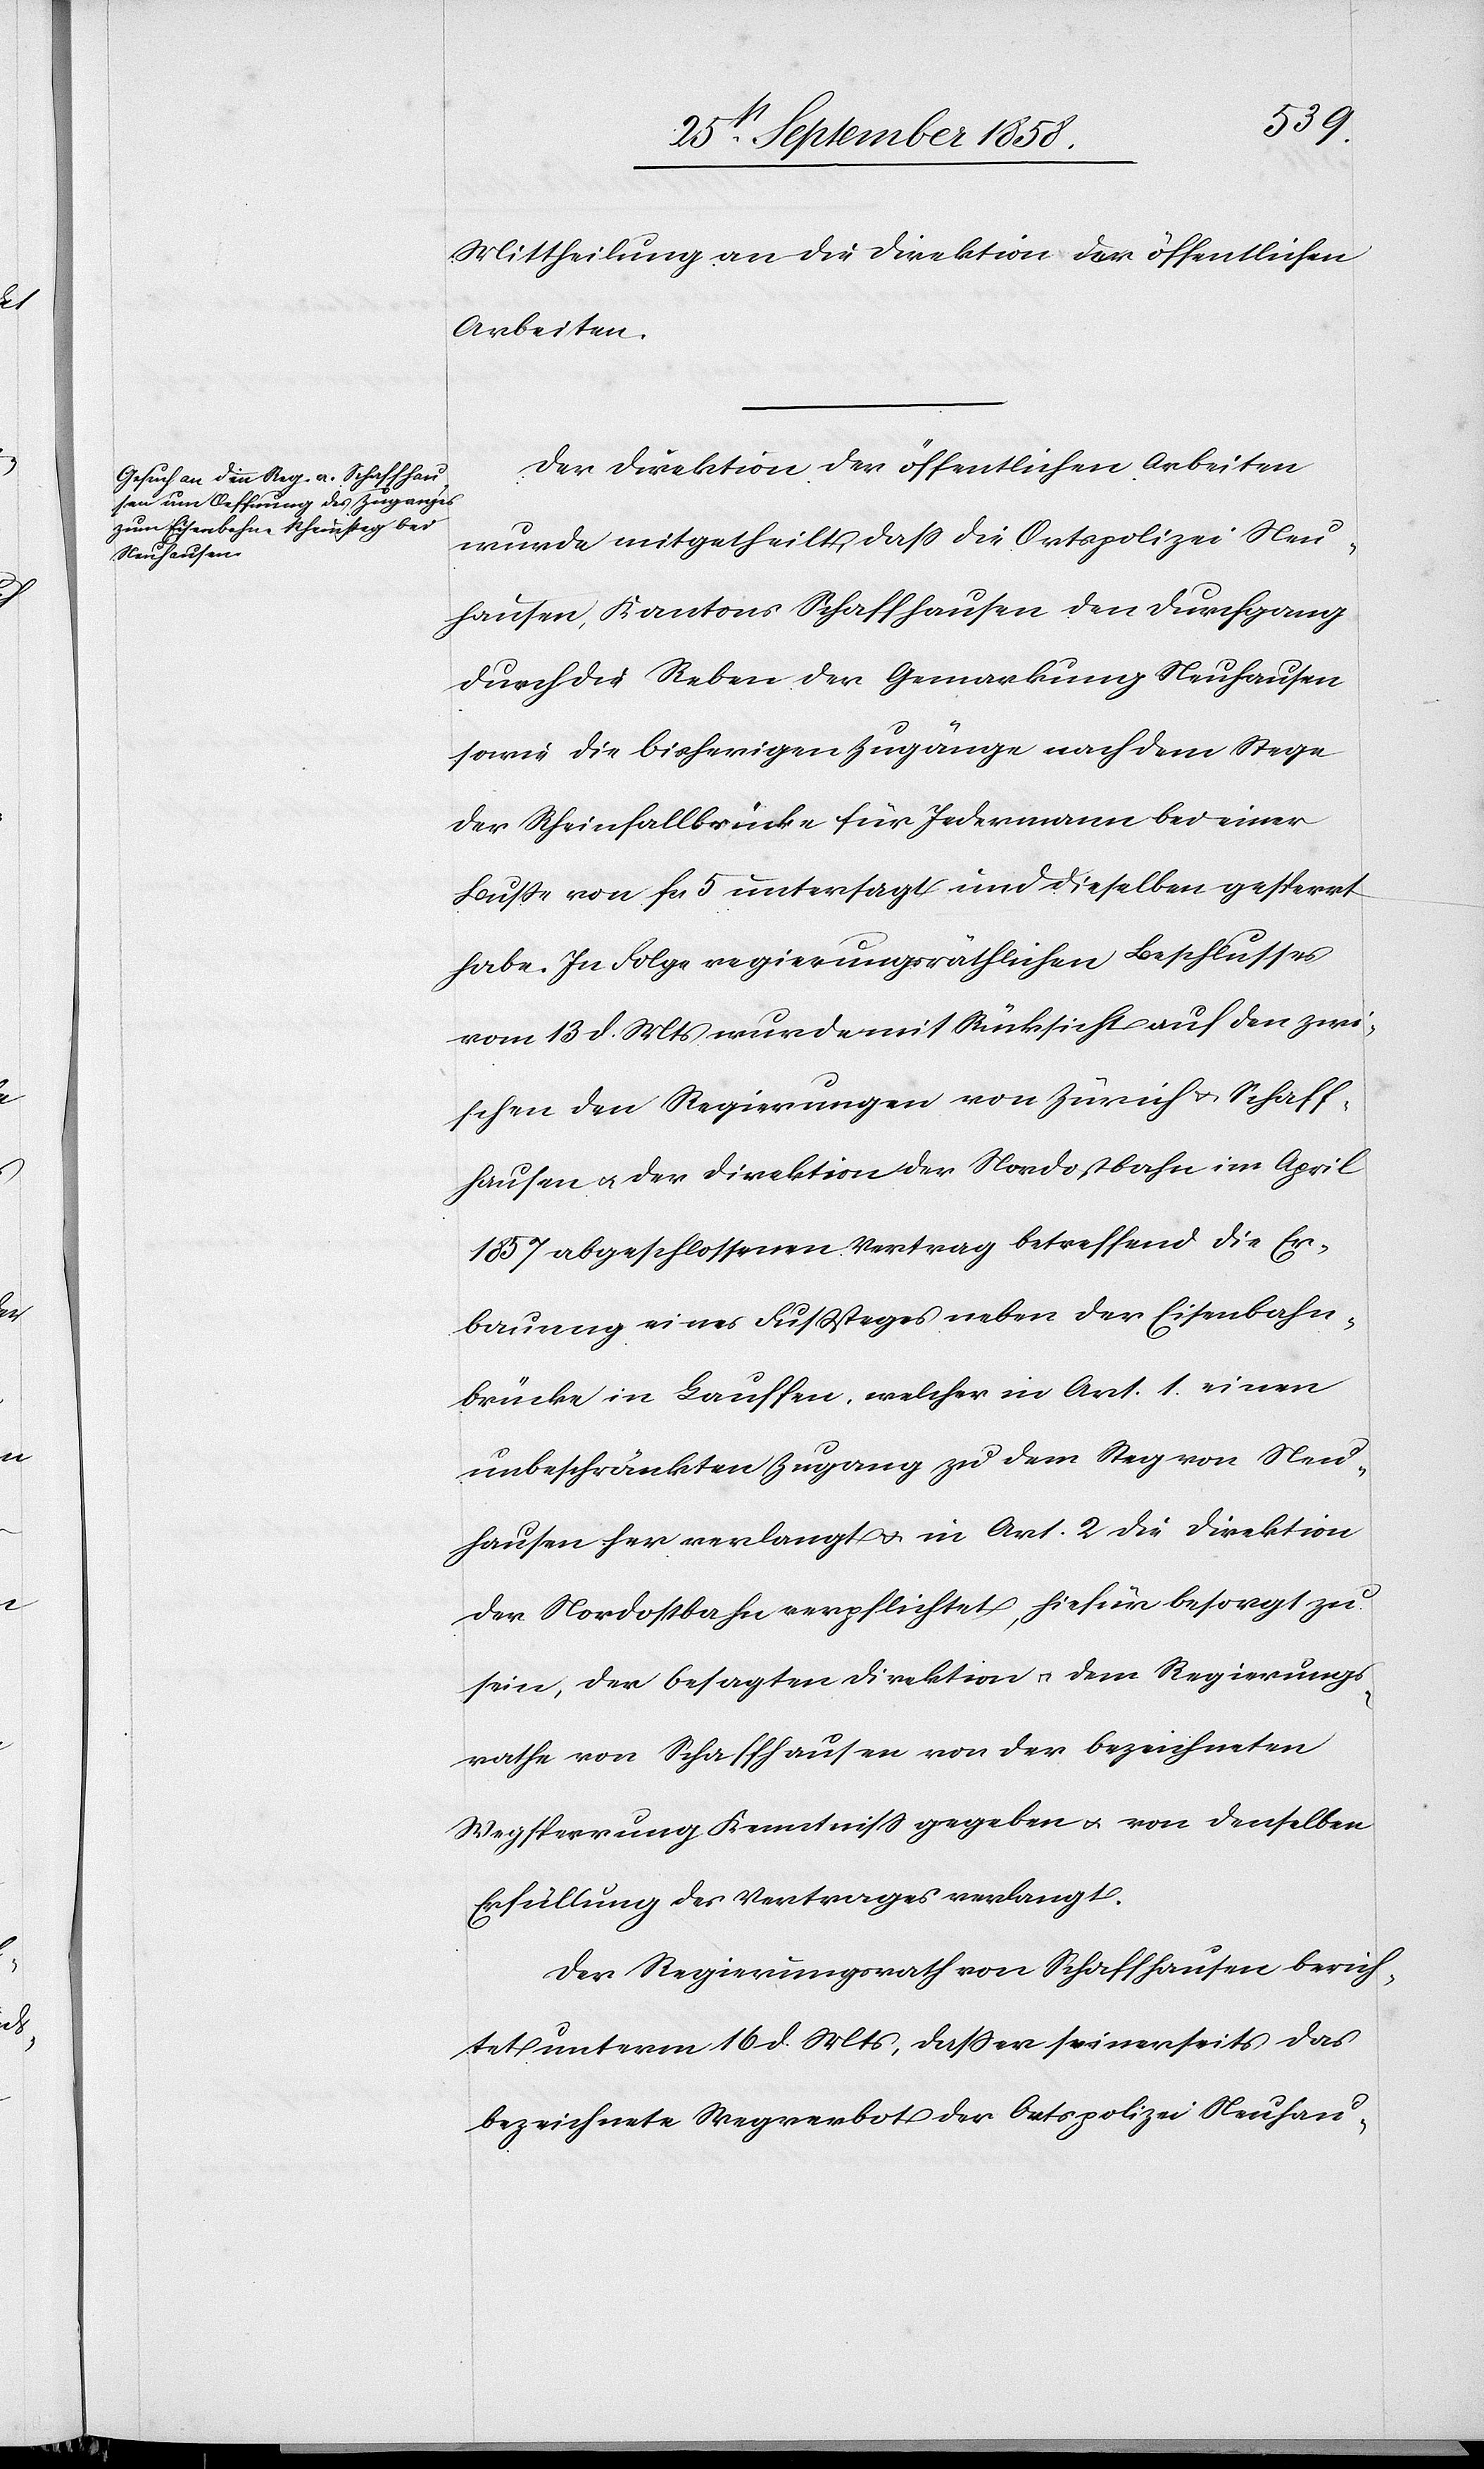
Mittheilung an die Direktion der öffentlichen
Arbeiten.
Der Direktion der öffentlichen Arbeiten
wurde mitgetheilt, dass die Ortspolizei Neu¬
hausen, Kantons Schaffhausen den Durchgang
durch die Reben der Gemarkung Neuhausen
sowie die bisherigen Zugänge nach dem Stege
der Rheinfallbrücke für Jedermann bei einer
Buße von fcs 5 untersagt und dieselben gesperrt
habe. In Folge regierungsräthlichen Beschlusses
vom 13 d. Mts wurde mit Rücksicht auf den zwi¬
schen den Regierungen von Zürich & Schaff¬
hausen & der Direktion der Nordostbahn im April
1857 abgeschlossenen Vertrag betreffend die Er¬
bauung eines Fußsteges neben der Eisenbahn¬
brücke in Lauffen, welcher in Art. 1. einen
unbeschränkten Zugang zu dem Steg von Neu¬
hausen her verlangt & in Art. 2 die Direktion
der Nordostbahn verpflichtet, hiefür besorgt zu
sein, der besagten Direktion & dem Regierungs¬
rathe von Schaffhausen von der bezeichneten
Wegsperrung Kenntniss gegeben & von denselben
Erfüllung des Vertrages verlangt.
Der Regierungsrath von Schaffhausen berich¬
tet unterm 16 d. Mts, dass er seinerseits das
bezeichnete Wegverbot der Ortspolizei Neuhau-